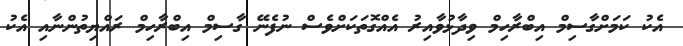
އެކު ކަމަށްގާސިމް އިބްރާހިމް ވިދާޅުވާއިރު އެއްގޮތަކަށްވެސް ނުފެނޭ ގާސިމް އިބްރާހިމް ރައްޔިތުންނާއި އެކު